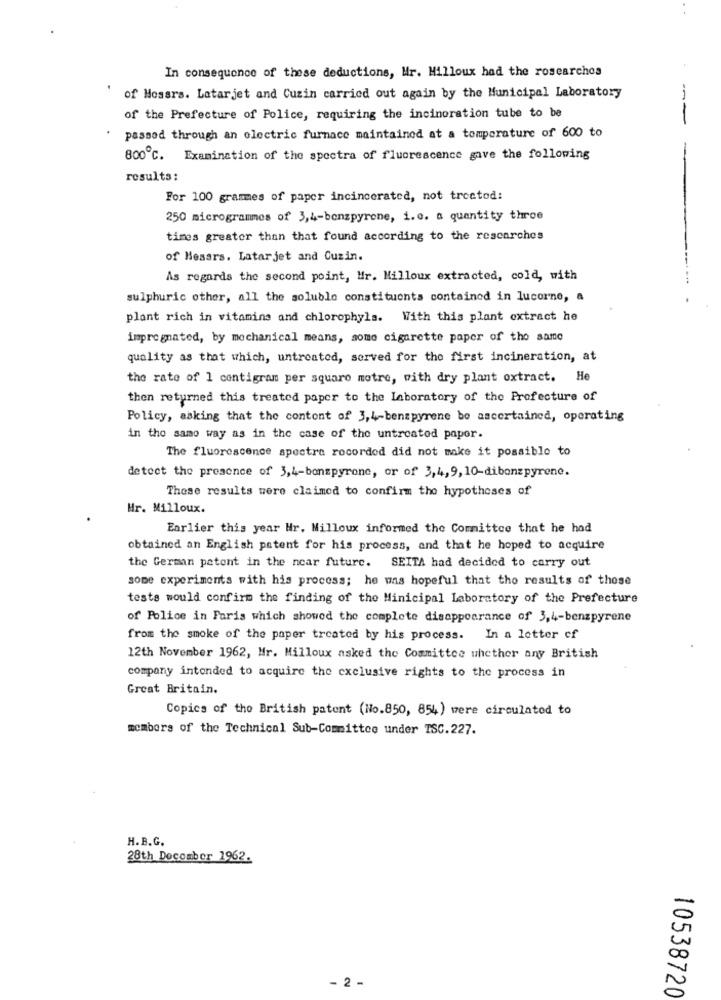
In consequence of these deductions, Mr. Milloux had the rosearchos
of Mossrs. Latarjet and Cuzin carried out again by the Municipal Laboratory
of the Prefecture of Police, requiring the incineration tube to be
passed through an electric furnace maintained at a temperature of 600 to
800℃. Examination of the spectra of fluorescence gave the following
results:
For 100 grammes of paper incincerated, not treated:
250 microgrammes of 3,4-benzpyrene, i.e. a quantity throe
times greater than that found according to the researches
of Hesars. Latarjet and Cuzin.
As regards the second point, Mr. Milloux extracted, cold, with
sulphuric other, all the soluble constituents contained in lucorne, a
plant rich in vitamins and chlorophyls. With this plant extract he
impregnated, by mechanical means, some cigarette paper of the same
quality as that which, untreated, served for the first incineration, at
the rate of 1 contigram per square motre, with dry plant oxtract. He
then returned this treated paper to the laboratory of the Prefecture of
Policy, asking that the content of 3,4-benzpyrene bo ascertained, operating
in the same way as in the case of the untreated paper.
The fluorescence spectre recorded did not make it possible to
detect the presence of 3,4-bonspyrone, or of 3,4, 9, 10-dibonzpyrene.
These results were claimed to confirm the hypotheses of
Hr. Milloux.
Earlier this year Hr. Milloux informed the Committee that he had
obtained an English patent for his process, and that he hoped to acquire
the German patent in the near future. SEITA had decided to carry out
some experiments with his process; he was hopeful that the results of those
tests would confirm the finding of the Minicipal Laboratory of the Prefecture
of Police in Paris which showed the complete disappearance of 3,4-benzpyrene
from the smoke of the paper treated by his process.
In a letter of
12th November 1962, Mr. Milloux asked the Committee whether any British
company intended to acquire the exclusive rights to the process in
Great Britain.
Copies of the British patent (No.850, 854) were circulated to
members of the Technical Sub-Committee under TSC.227.
H.B.G.
28th Decomber 1962.
- 2 -
10538720